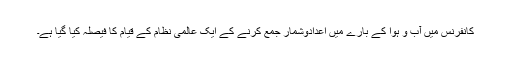
کانفرنس ميں آب و ہوا کے بارے ميں اعدادوشمار جمع کرنے کے ايک عالمی نظام کے قيام کا فيصلہ کيا گيا ہے۔